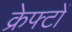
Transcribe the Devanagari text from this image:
क्रेफ्टों